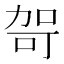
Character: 哿